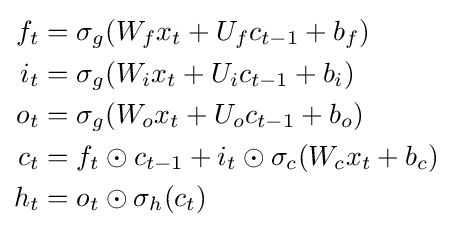
{\begin{aligned}f_{t}&=\sigma _{g}(W_{f}x_{t}+U_{f}c_{t-1}+b_{f})\\i_{t}&=\sigma _{g}(W_{i}x_{t}+U_{i}c_{t-1}+b_{i})\\o_{t}&=\sigma _{g}(W_{o}x_{t}+U_{o}c_{t-1}+b_{o})\\c_{t}&=f_{t}\odot c_{t-1}+i_{t}\odot \sigma _{c}(W_{c}x_{t}+b_{c})\\h_{t}&=o_{t}\odot \sigma _{h}(c_{t})\end{aligned}}